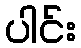
ပါင်း